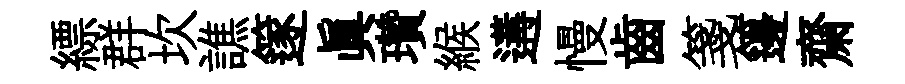
縹群坎譙篴真瓚緱遘慢齒箋籩齋